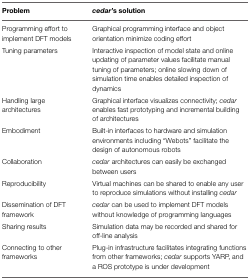
<table><thead><tr><td><b>Problem</b></td><td><b><i>cedar</i>’s solution</b></td></tr></thead><tbody><tr><td>Programming effort to implement DFT models</td><td>Graphical programming interface and object orientation minimize coding effort</td></tr><tr><td>Tuning parameters</td><td>Interactive inspection of model state and online updating of parameter values facilitate manual tuning of parameters; online slowing down of simulation time enables detailed inspection of dynamics</td></tr><tr><td>Handling large architectures</td><td>Graphical interface visualizes connectivity; <i>cedar</i> enables fast prototyping and incremental building of architectures</td></tr><tr><td>Embodiment</td><td>Built-in interfaces to hardware and simulation environments including “Webots” facilitate the design of autonomous robots</td></tr><tr><td>Collaboration</td><td><i>cedar</i> architectures can easily be exchanged between users</td></tr><tr><td>Reproducibility</td><td>Virtual machines can be shared to enable any user to reproduce simulations without installing <i>cedar</i></td></tr><tr><td>Dissemination of DFT framework</td><td><i>cedar</i> can be used to implement DFT models without knowledge of programming languages</td></tr><tr><td>Sharing results</td><td>Simulation data may be recorded and shared for off-line analysis</td></tr><tr><td>Connecting to other frameworks</td><td>Plug-in infrastructure facilitates integrating functions from other frameworks; <i>cedar</i> supports YARP, and a ROS prototype is under development</td></tr></tbody></table>